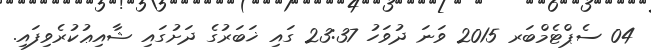
04 ސެޕްޓެމްބަރ 2015 ވަނަ ދުވަހު 23:37 ގައި ޚަބަރުގެ ދަށުގައި ޝާއިޢުކުރެވިފައި.